Medical and sanitary report on the native army of Bombay for the year
Year: 1879
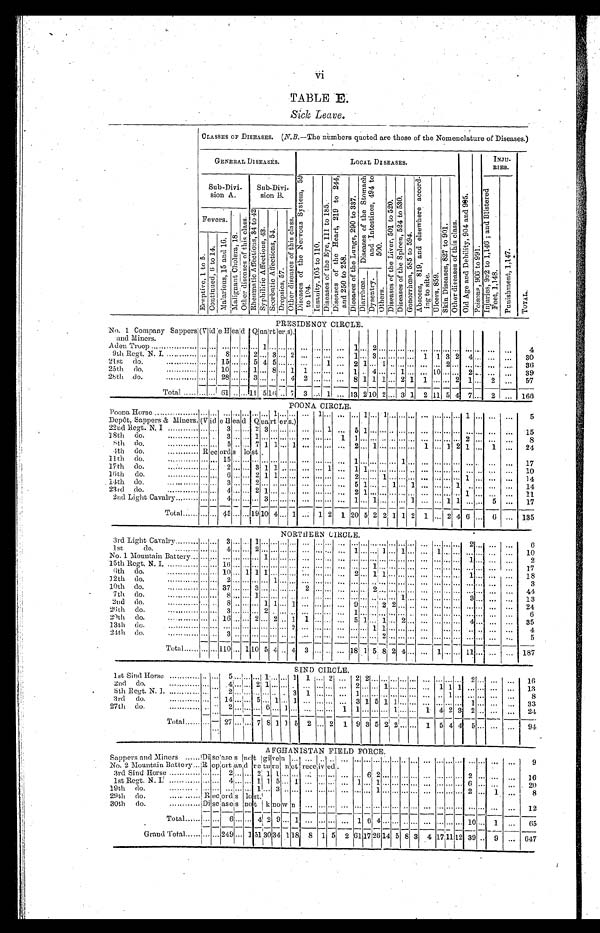
vi
TABLE E.
Sick Leave.
CLASSES OF DISEASES. (N . B . —
T h e n u m b e r s q u o t e d a r e t h o s e o f t h e N o m e n c l a t u r e o f D i s e a s e s . )
GENERAL DISEASES.
LOCAL DISEASES.
O l d A g e a n d D e b i l i t y , 9 0 4 a n d 9 0 5 .
P o i s o n s , 9 0 6 t o 9 9 1 .
INJU-
RIES.
T O T A L .
Sub-Divi-
sion A.
Sub-Divi-
sion B.
D i s e a s e s o f t h e N e r v o u s S y s t e m , 5 9
to 104.
I n s a n i t y , 1 0 5 t o 1 1 0 . D i s e a s e s o f t h e E y e , 1 1 1 t o 1 8 5 .
D i s e a s e s o f t h e H e a r t , 2 1 9 t o 2 4 4 ,
a n d 2 5 0 t o 2 5 8 .
D i s e a s e s o f t h e L u n g s , 2 9 0 t o 3 3 7 .
D i s e a s e s o f t h e S t o m a c h
a n d I n t e s t i n e s , 4 9 4 t o
500.
D i s e a s e s o f t h e L i v e r , 5 0 1 t o 5 2 0 . D i s e a s e s o f t h e S p l e e n , 5 2 4 t o 5 3 0 .
G o n o r r h œ a , 5 8 5 t o 5 9 4 .
A b s c e s s , 8 1 9 , a n d e l s e w h e r e a c c o r d -
i n g t o s i t e .
U l c e r s , 8 5 9 .
S k i n D i s e a s e s , 8 2 7 t o 9 0 1 .
O t h e r d i s e a s e s o f t h i s c l a s s .
I n j u r i e s , 9 9 2 t o 1 , 1 4 6 ; a n d B l i s t e r e d
F e e t , 1 , 1 4 8 .
P u n i s h m e n t , 1 , 1 4 7 .
Fevers.
M a l i g n a n t C h o l e r a , 1 8 .
O t h e r d i s e a s e s o f t h i s c l a s s .
R h e n m a t i c A f f e c t i o n s , 3 4 t o 4 2
S y p h i l i t i c A f f e c t i o n s , 4 3 .
S c o r b u t i c A f f e c t i o n s , 5 4 . Dr o p s i e s , 5 7 .
O t h e r d i s e a s e s o f t h i s c l a s s .
E r u p t i v e , 1 t o 5 .
C o n t i n u e d , 6 t o 1 4 .
M a l a r i o u s , 1 5 a n d 1 6 .
D i a r r h œ a . Dy s e n t r y .
O t h e r s .
PRESIDENCY CIRCLE.
No. 1 Company Sappers
and Miners.
(Vide Head Quarters).
Aden Troop ......... . . . . . . . . . . . . . . . . . . . . . . . .
... 1 ... ......
. . . . . . ...... 1 ... 2 . . . ... ... ...
. . . . . .
... ...
. . . . . . ...
. . . 4
9th Regt. N. I. ... . . . . . . . . . . . . . . . 8 . . .
... 2 ... 3 ... 2 ... . . . ...... 1 ... 3 . . . ... ... ...
1 1 3 2
4 . . . ...
. . .
3 0
21st do.
... . . . . . . . . . . . . . . . 1 5 . . . . . .
5 4 5 ......
. . . . . . 1 ... 2 1 ... 1 ... ... ...
. . . . . .
2 ...
. . . . . . ...
. . .
3 6
25th do.
... . . . . . . . . . . . . . . . 1 0 . . . . . .
1 ... 8 ...1
1 . . . ...... 1 ... 4 . . . ... 1 ...
. . . 1 0
... ...
2 . . . ...
. . .
3 9
28th do.
... . . . . . . . . . . . . . . . 2 8 . . . . . .
3 ... ... ...4
2 . . . ...... 8 1 1 1 ... 2 1
1 . . .
... 2
1 . . . 2
. . .
5 7
Total . . .
...
. . .
...
61 ...... 11 5 16 ... 7 3
. . . 1 ... 13 2 10 2 ... 3 1 2
1 1 5 4 7 . . . 2 ... 166
POONA CIRCLE.
Poona Horse .. ...... ...
. . . . . . ... ... ... . . .
... ... ... 1 ... ... ... 1 ... ... ... 1 ... 1 ... ... ...
...
. . .
... ... 1 . . .
...
. . . 5
Depôt, Sappers & Miners. (Vide Head Quarters.)
22nd Regt. N. I ... . . . . . . . . . . . . . . . 3 . . . . . .
2 3 ... ......
. . . . . .
1 ... 5 1 ... . . .
... ... ...
. . . . . .
... ...
. . . . . . ...
. . .
1 5
18th do.
... . . . . . . . . . . . . . . . 3 . . . . . .
1 ... ... ......
. . . . . .
...1 1 ... ... . . .
... ... ...
. . . . . .
... ...
2 . . . ...
. . . 8
8th do. ... . . . . . .
... ... ... 5 ... ... 7 1 1 ... 1 ... ... ... ... 2 ... 1 ... ... ... ... 1 ... 1 2 1 ... 1 ... 24
4th do.
... . . . . . . . . . Records lost.
11th do.
... . . . . . . . . .
. . .
. . . 1 5 . . . . . .
... . . .
... ......
. . . . . .
... ... 1 ... ... . . .
... 1 ...
. . . . . .
... ...
. . . . . .
...
. . .
1 7
17th do.
... . . . . . . . . .
. . .
. . . 2 . . . . . .
3 1 1 ......
. . . . . .
1 ... 1 1 ... . . .
... ... ...
. . . . . .
... ...
. . . . . .
... ... 10
16th do.
... . . . . . . . . .
. . .
. . . 6 . . . . . .
2 1 1 ......
. . . . . .
... ... 2 ... ... 1 ... ... ...
. . . . . .
... ...
1 . . .
...
. . .
1 4
14th do.
... . . . . . . . . .
. . .
. . . 3 . . . . . .
2 . . .
... ......
. . . . . .
... ... 5 1 ... . . .
1 ... 1
. . . . . .
... 1
. . . . . .
... ... 14
23rd do.
... . . . . . . . . .
. . .
. . . 4 . . . . . .
2 1 ... ...... ...
. . .
... ... 2 1 ... . . .
... ... ...
. . . . . .
... ...
1 . . .
... ... 11
2nd Light Cavalry . . .
... . . .
. . . ...
4 . . .
...
... 3 ... ... ... ... ... ... ... 1 ... 1 ... ... ... 1 ... ... 1 1 ... . . .
5
... 17
Total . . .
... ... ... 45 ... ... 19 10 4 ... 1 ... 1 2 1 20 5 2 2 1 1 2 1 ... 2 4 6 ...
6 ... 135
NORTHERN CIRCLE.
3rd Light Cavalry . . .
... . . . . . . ... 3 . . . . . .
1 ... ... ... ... ...
. . .
...
... ... ... ... ... ... ... ...
... ... ... ...
2 ... ...
. . .
6
1 s t d o .
. . . . . . . . . . . . . . . 4 . . . . . .
2 ... ... ......
. . . . . .
... ... 1 ... ... 1 ... 1 ...
. . . 1 ... ...
. . . . . .
...
. . . 10
No. 1 Mountain Battery . . . ... ... ... ... ... ... 1 ... ... ... ...
. . .
... ... ...... ... . . .
... ... ...
. . . . . .
... ...
1 . . .
...
. . .
2
15th Regt. N. I. ... . . . . . . . . . . . . . . . 1 6 . . . . . .
... . . .
... ......
. . . . . .
... ... ...... 1 . . .
... ... ...
. . . . . .
... ...
. . . . . .
...
. . . 17
6th do.
... . . . . . . . . . . . . . . . 1 0 . . . 1 1 1 ... ......
. . . . . .
... ... 2 ... 1 1 ... ... ...
. . . . . .
... ...
1 . . .
...
. . . 18
12th do.
... . . . . . . . . . . . . . . . 2 . . . . . .
... . . .
1 ......
. . . . . .
... ... ...... ... . . .
... ... ...
. . . . . .
... ...
. . . . . .
...
. . .
3
10th do.
... . . . . . . . . . . . . . . . 3 7 . . . . . .
3 . . .
... ......
2 . . .
... ... ...... 2 . . .
... ... ...
. . . . . .
... ...
. . . . . .
...
. . . 44
7th do.
... . . . . . . . . . . . . . . . 8 . . . . . .
1 . . .
... ......
. . . . . .
... ... ...... ... . . .
... 1 ...
. . . . . . ... ... 3 . . . ...
. . . 13
2nd do.
... . . . . . . . . . . . . . . . 8 . . . . . .
... 1 1 ...1
. . . . . .
... ... 9 ... ... 2 2 ... ...
. . . . . .
... ...
. . . . . .
...
. . . 24
26th do.
... . . . . . . . . . . . . . . . 3 . . . . . .
... 2 ... ......
. . . . . .
... ... 1 ... ... . . .
... ... ... ... ... ... ... . . . . . .
...
. . .
6
29th do.
... . . . . . . . . . . . . . . . 1 6 . . . . . .
2 . . .
2 ...1
1 . . .
... ... 5 1 ... 1 ... 2 ...
. . . . . .
... ...
4 . . .
...
. . . 35
13th do.
... . . . . . . . . . . . . . . . . . . . . . . . .
... . . .
... ...2
. . . . . .
... ... ...... 1 1 ... ... ...
. . . ... ...
. . . . . .
...
. . .
4
24th do.
... . . . . . . . . . . . . . . . 3 . . . . . .
... . . .
... ......
. . . . . .
... ... ...... ... 2 ... ... ...
. . . . . .
... ...
. . . . . .
...
. . .
5
Total ... . . .
... ... 110 ... 1 10 5 4 ... 4 3 ... ... ... 18 1
5 8 24 ... ... 1... ...
11 ... ...
. . . 187
SIND CIRCLE.
1st Sind Horse ... . . .
...
. . .
... ... 5
. . . ... ... 1 ... ... 1 1 . . .
2 ... 2 2 ... ... ... ... ... ... ... ... ... 2 ... ...
. . . 16
2nd do. ...
. . . . . . . . . . . . . . . 4 . . . . . .
2 1 ... ......
. . . . . .
...... 2 ... ... 1 ... ... ...
. . . 1 1 1
. . . . . .
...
... 13
5 t h R e g t . N . I . . . . . . . . . . . . . . . . 2
. . . . . .
... . . .
... ...3
1 . . .
...... 1 ... ... . . .
... ... ...
. . . . . .
1 ...
. . . . . .
...
. . . 8
3 r d d o . . . .
. . . . . . . . . . . . . . .
14 . . . . . .
5 . . .
1 ...1
. . . . . .
...... 3 1 5 1 1 ... ...
. . . . . .
... ...
1 . . .
...
. . . 33
27th do. ...
... ... . . .... ... 2
. . . . . .
... 6 ... 1 ...
. . . . . .
...1 1 ... ... . . .
1 ... ...
1 4 2 3
2 . . .
...
. . . 24
Total . . .
. . . . . .
...
27 . . .
... 7
8 1 1 5
2 ... 2
1
9
3
5 2 2 ... ...
1 5
4
4
5
...
...
. . . 94
AFGHANISTAN FIELD FORCE.
Sappers and Miners ... . . .
D i s e a s e s n o t g i v e n . . .
. . . . . .
......
. . .
... ... . . . ... ... ...
. . . . . .
... ...
. . . . . .
...
. . .
9
No. 2 Mountain Battery . . .
R e p o r t a n d r e t u r n n o t r e c e i v e d .
3rd Sind Horse ... . . . . . . . . . . . . . . . 2
. . . . . .
2 1 1 ......
. . . . . .
......
. . .
6 2 . . . ... ... ...
. . . . . .
... ...
2 . . .
...
. . . 16
1st Regt. N. I. ... . . . . . . . . .
...
. . . 4
. . . . . .
1 1 5 ...1
... . . .
...
... 1 ... 1 ... ... ... ...
... . . .
... ...
6 . . .
...
... 20
19th do. ...
. . . . . . . . . . . . . . . ...
. . . . . .
1 ... 3 ......
. . . . . .
......
. . .
... 1 . . .
... ... ...
. . . . . .
... ...
2 . . .
1
. . .
8
29th do. ...
... . . .
... . . .
Records lost.
30th do. ...
. . . . . .
...
. . .
Diseases not known
. . . . . .
... ... . . .... ... . . .... ... ... ... . . .
... ... ... ...
... ... 12
Total. . . . . .
... ... 6
. . .
... 4
2 9
...
1
...
. . .
...
... 1 6 4 . . .
... ... ...
...
. . . ... ...
10 . . .
1
... 65
Grand Total ... . . .
... ... 249 . . . 1 51 30
34 1
18
8 1 5 2 61 17 26 14 5 8 3
4 1 7 11 12
39 . . .
9 ... 647